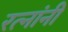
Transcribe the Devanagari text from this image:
रत्नांनी